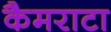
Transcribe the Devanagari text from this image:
कैमराटा